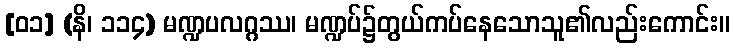
[၀၁] (နိ၊ ၁၁၄) မဏ္ဍပလဂ္ဂဿ၊ မဏ္ဍပ်၌တွယ်ကပ်နေသောသူ၏လည်းကောင်း။